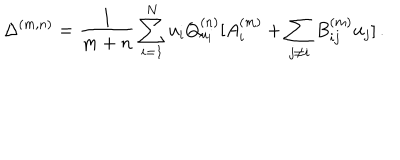
\Delta ^ { ( m , n ) } = \frac { 1 } { m + n } \sum _ { i = 1 } ^ { N } u _ { i } Q _ { u _ { i } } ^ { ( n ) } [ A _ { i } ^ { ( m ) } + \sum _ { j \neq i } B _ { i j } ^ { ( m ) } u _ { j } ] \, .